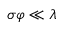
\sigma \varphi \ll \lambda